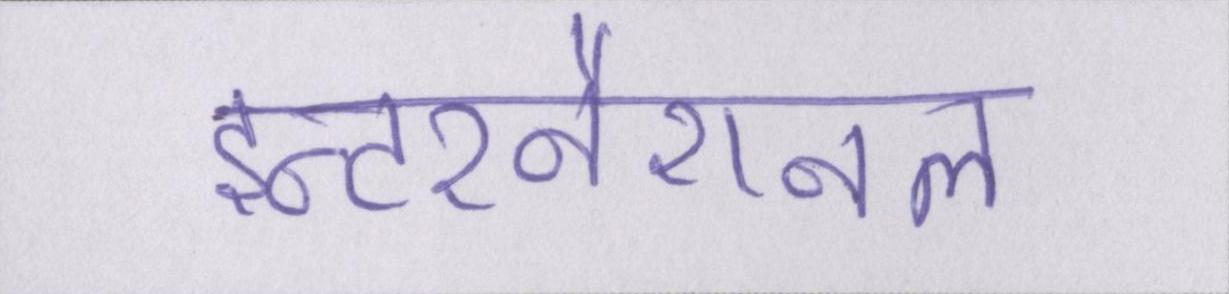
इन्टरनैशनल